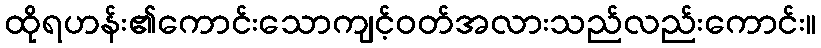
ထိုရဟန်း၏ကောင်းသောကျင့်ဝတ်အလားသည်လည်းကောင်း။